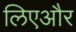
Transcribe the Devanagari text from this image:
लिएऔर